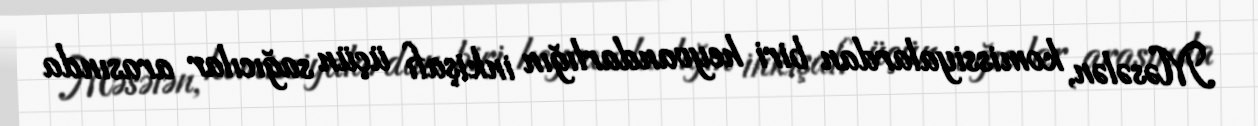
Məsələn, komissiyalardan biri heyvandarlığın inkişafı üçün sağıcılar arasında